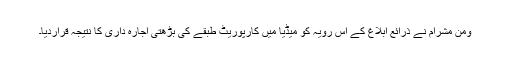
ومن مشرام نے ذرائع ابلاغ کے اس رویہ کو میڈیا میں کارپوریٹ طبقے کی بڑھتی اجارہ داری کا نتیجہ قراردیا۔